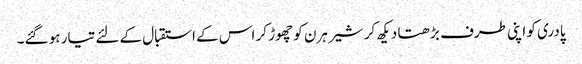
پادری کو اپنی طرف بڑھتا دیکھ کر شیر ہرن کو چھوڑ کر اس کے استقبال کے لئے تیار ہو گئے۔